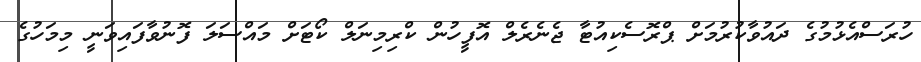
ހުރަސްއެޅުމުގެ ދައުވާކުރުމަށް ޕްރޮސެކިއުޓާ ޖެނެރެލް އޮފީހުން ކްރިމިނަލް ކޯޓަށް މައްސަލަ ފޮނުވާފައިވަނީ މިމަހުގެ